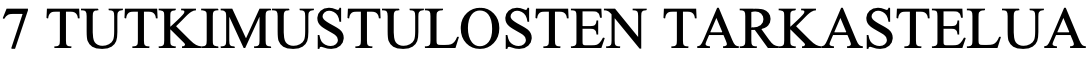
7 TUTKIMUSTULOSTEN    TARKASTELUA